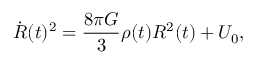
\Dot { R } ( t ) ^ { 2 } = \frac { 8 \pi G } { 3 } \rho ( t ) R ^ { 2 } ( t ) + U _ { 0 } ,